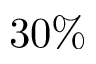
3 0 \%